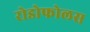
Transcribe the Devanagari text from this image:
रोडोफोलस